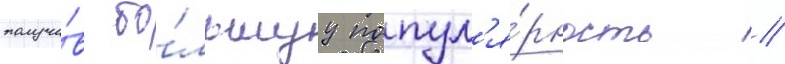
получи́в бо́льшуу попул'я́рность //